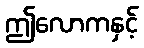
ဤလောကနှင့်